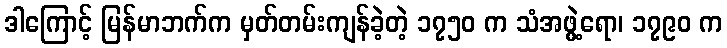
ဒါကြောင့် မြန်မာဘက်က မှတ်တမ်းကျန်ခဲ့တဲ့ ၁၇၅၀ က သံအဖွဲ့ရော၊ ၁၇၉၀ က